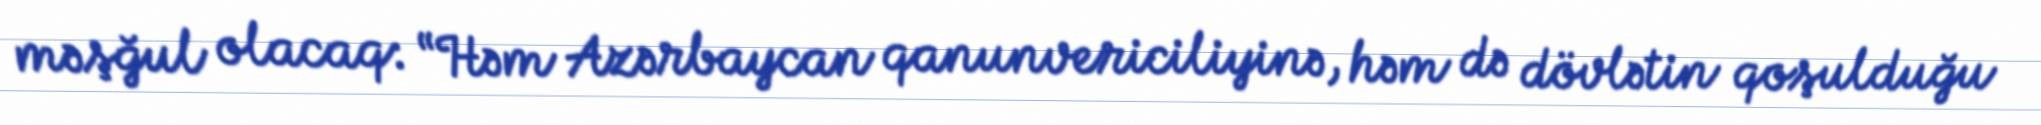
məşğul olacaq: “Həm Azərbaycan qanunvericiliyinə, həm də dövlətin qoşulduğu